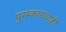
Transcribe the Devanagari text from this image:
पुरस्काराचाही